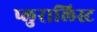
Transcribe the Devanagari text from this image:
प्लुरालिस्ट